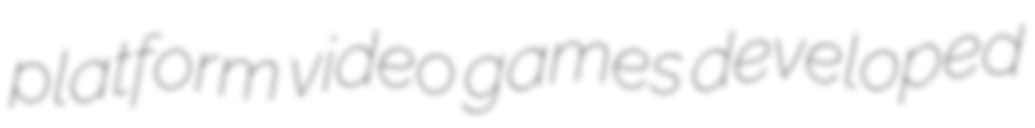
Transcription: platform video games developed